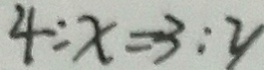
4 : x = 3 : y